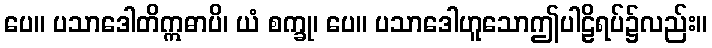
ပေ။ ပသာဒေါတိဣဓာပိ၊ ယံ စက္ခု၊ ပေ။ ပသာဒေါဟူသောဤပါဠိရပ်၌လည်း။